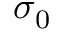
\sigma _ { 0 }